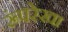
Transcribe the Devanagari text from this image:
रूंपरेखा